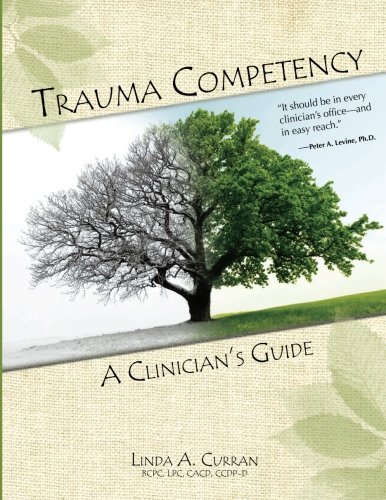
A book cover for Trauma Competency: A Clinician's Guide; Linda Curran; Medical Books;